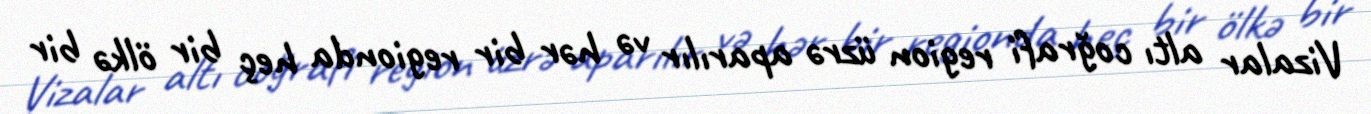
Vizalar altı coğrafi region üzrə aparılır və hər bir regionda heç bir ölkə bir